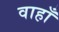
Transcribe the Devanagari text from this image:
वाहाँ